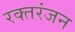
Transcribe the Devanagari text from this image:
रक्तरंजन